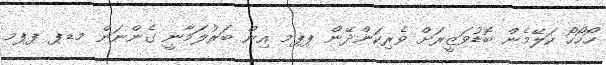
ހޯހޯހޯ ކަލޭމެން ބޮޑުވަޒީރަށް ވެރިކަންދޭން ޕޕމ އިން ބަރުލަމާނީ ގެންނަން މޑޕ ޕޕމ